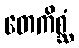
တေကိစ္ဆံ